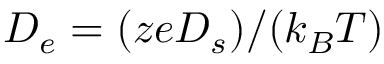
D _ { e } = ( z e D _ { s } ) / ( k _ { B } T )